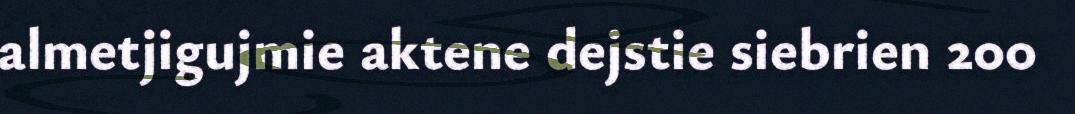
almetjigujmie aktene dejstie siebrien 200